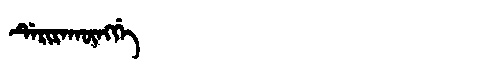
Manchu: ᡩᡝᡵᡳᡵᠠᡴᡡᠩᡤᡝ
Romanization: DERIRAKŪNGGE